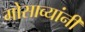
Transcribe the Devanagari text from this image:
गोसाव्यांनी